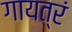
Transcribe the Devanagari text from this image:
गायत्रं